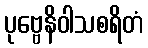
ပုဗ္ဗေနိဝါသစရိတံ